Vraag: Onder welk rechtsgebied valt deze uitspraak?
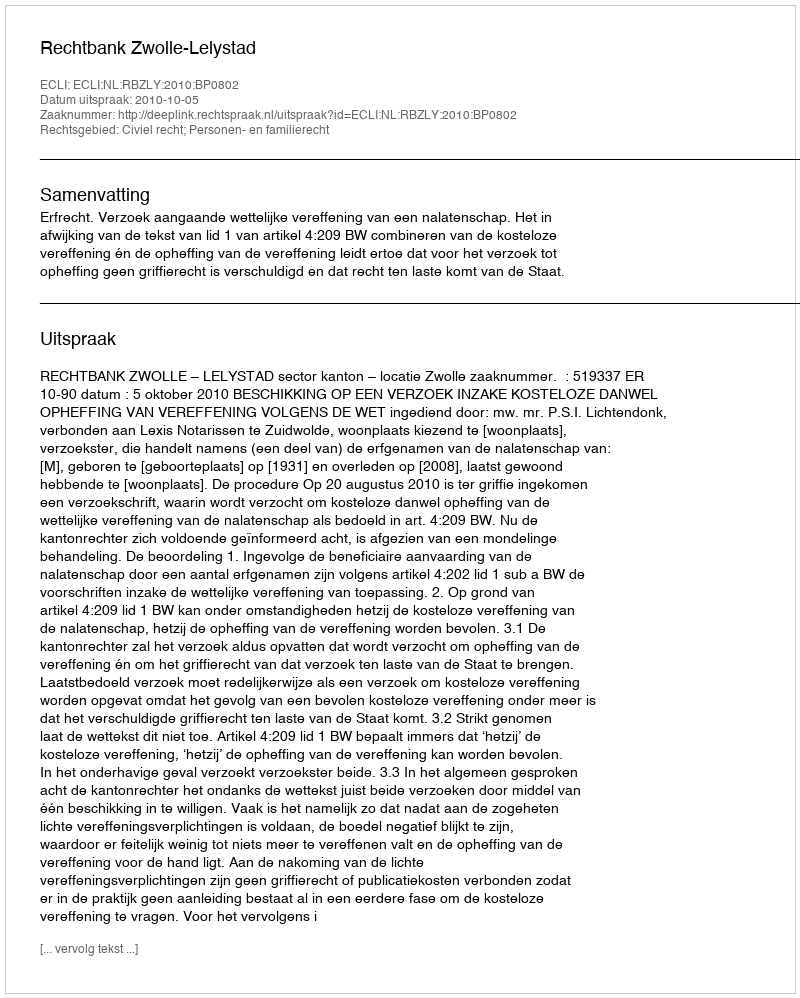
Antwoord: Civiel recht; Personen- en familierecht